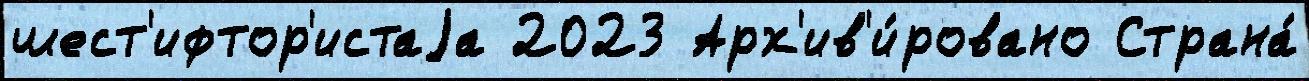
шест'ифтор'истаjа 2023 Арх'ив'и́ровано Страна́